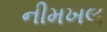
નીમખલ